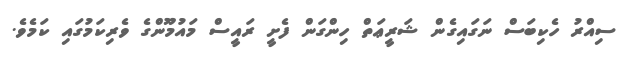
ސިއްރު ހެކިބަސް ނަގައިގެން ޝަރީޢަތް ހިންގަން ފެށީ ރައީސް މައުމޫންގެ ވެރިކަމުގައި ކަމެވެ.